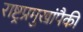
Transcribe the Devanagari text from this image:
राष्ट्रप्रमुखांपैकी